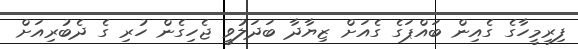
ފިރިމީހާގެ ގެއިން ބައްޕަގެ ގެއަށް ޒިޔާދާ ބަދަލުވީ ޖެހިގެން ހުރި ގެ ދެބުރިއަށް